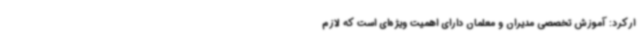
ارکرد: آموزش تخصصی مدیران و معلمان دارای اهمیت ویژه‌ای است که لازم